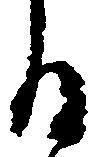
る